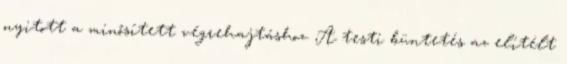
nyitott a minősített végrehajtáshoz. A testi büntetés az elítélt